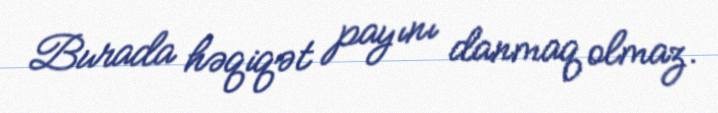
Burada həqiqət payını danmaq olmaz.